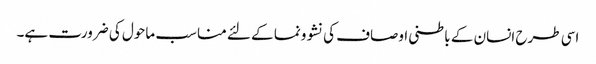
اسی طرح انسان کے باطنی اوصاف کی نشوونما کے لئے مناسب ماحول کی ضرورت ہے۔